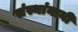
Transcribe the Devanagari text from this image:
संस्थांनानी